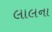
લાલના